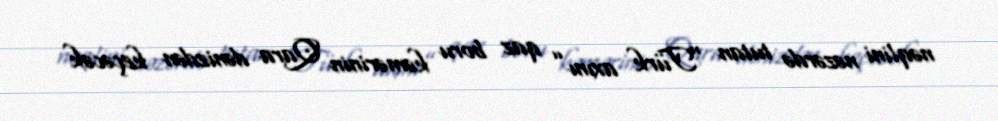
nəqlini nəzərdə tutan “Türk axını” qaz boru kəmərinin Qara dənizdən keçəcək